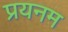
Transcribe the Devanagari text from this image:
प्रयनम